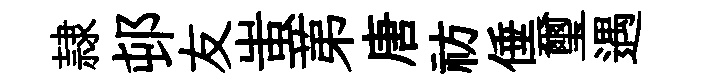
隷邨友蚩苐唐祊倕璽遇